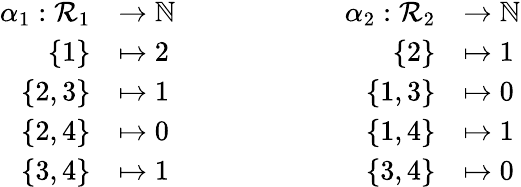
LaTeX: \begin{array}{rl}{\alpha_{1}:\mathcal{R}_{1}}&{\to\mathbb{N}}\\ {\{ 1\} }&{\mapsto 2}\\ {\{ 2,3\} }&{\mapsto 1}\\ {\{ 2,4\} }&{\mapsto 0}\\ {\{ 3,4\} }&{\mapsto 1}\end{array}\qquad\qquad\qquad\begin{array}{rl}{\alpha_{2}:\mathcal{R}_{2}}&{\to\mathbb{N}}\\ {\{ 2\} }&{\mapsto 1}\\ {\{ 1,3\} }&{\mapsto 0}\\ {\{ 1,4\} }&{\mapsto 1}\\ {\{ 3,4\} }&{\mapsto 0}\end{array}